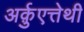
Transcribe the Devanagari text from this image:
अर्क़ुएत्तेथी